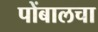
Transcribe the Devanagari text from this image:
पोंबालचा